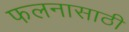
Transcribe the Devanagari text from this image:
फलनासाठी